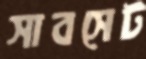
সাবসেট